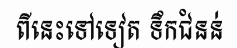
ពីនេះទៅទៀត ទឹកជំនន់